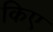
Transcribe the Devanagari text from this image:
किए